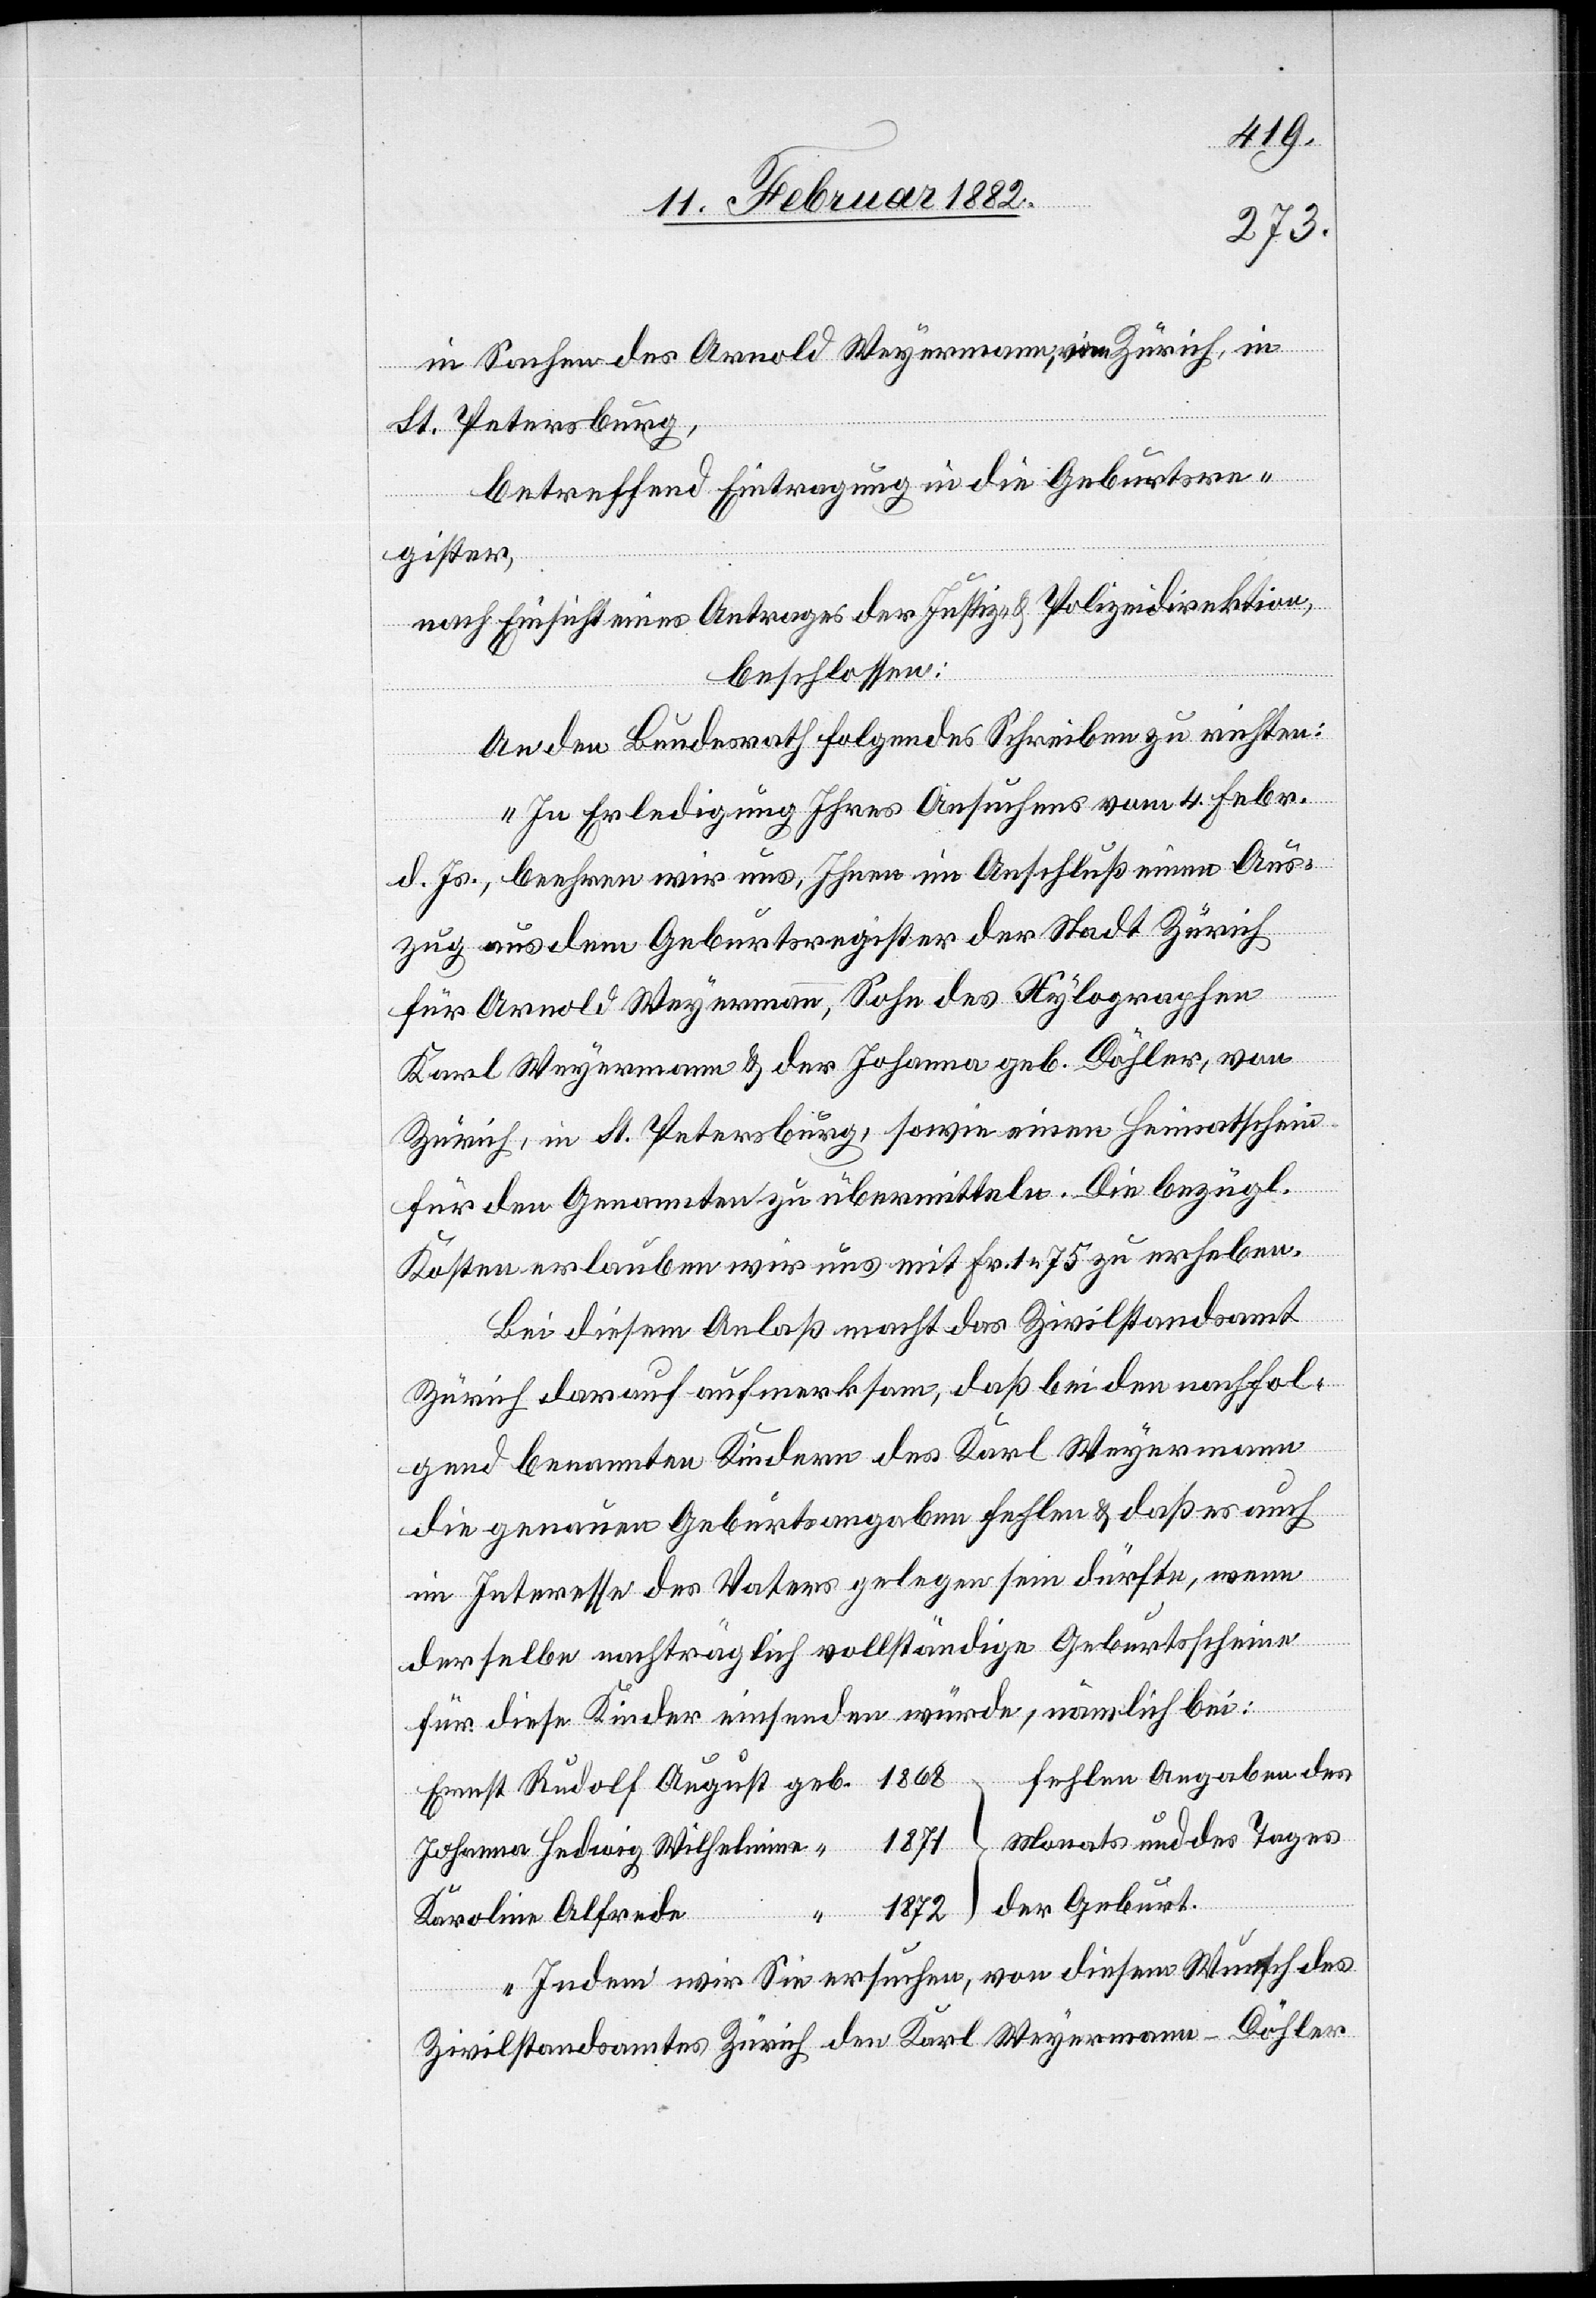
In Sachen des Arnold Weyermann, in Zürich, in
St. Petersburg,
betreffend Eintragung in die Geburtsre¬
gister,
nach Einsicht eines Antrages der Justiz- & Polizeidirektion,
beschlossen:
An den Bundesrath folgendes Schreiben zu richten:
„In Erledigung Ihres Ansuchens von 4. Febr.
d. Js., beehren wir uns, Ihnen im Anschluß einen Aus¬
zug aus dem Geburtsregister der Stadt Zürich
für Arnold Weyermann, Sohn des Xylographen
Karl Weyermann & der Johanna geb. Döhler, von
Zürich, in St. Petersburg, sowie einen Heimatschein
für den genannten zu übermitteln. Die bezügl.
Kosten erlauben wir uns mit Fr. 1 75 zu erheben.
Bei diesem Anlaß macht das Zivilstandsamt
Zürich darauf aufmerksam, daß bei den nachfol¬
gend benannten Kindern des Karl Weyermann
die genannten Geburtsangaben fehlen & daß es auch
im Interesse des Vaters gelegen sein dürfte, wenn
derselbe nachträglich vollständige Geburtsschein
für diese Kinder einsenden würde, nämlich bei:
fehlen Angaben des
Ernst Rudolf August 	geb.	1868
Monats und des Tages
Johanna Hedwig Wilhelmine
“	1872 der Geburt.
Karolin Alfrede
Indem wir Sie ersuchen, von diesem Wunsch des
Zivilstandsamtes Zürich den Karl Weyermann-Döhler